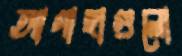
আগাছাগুলো